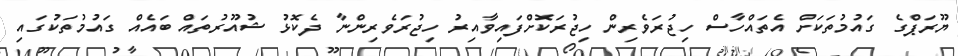
ޔޫރަޕްގެ ގައުމުތަކަށް އެތައްހާސް ހިޖުރަވެރިން ހިޖުރަކޮށްފައިވާއިރު ހިޖުރަވެރިންނާ ދެކޮޅު ޝުއޫރުތައް ބައެއް ގައުމުތަކުގައި